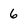
Character: 6